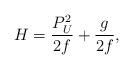
LaTeX: \begin{align*}H={{P^2_U}\over{2f}}+{{g}\over{2f}},\end{align*}